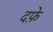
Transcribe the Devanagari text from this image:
दफ़े